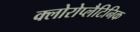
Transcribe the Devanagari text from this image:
क्लोरोप्लैटिनिक